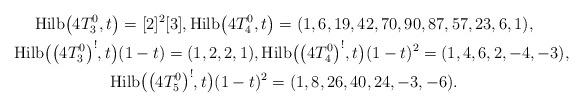
LaTeX: \begin{gather*}{\rm Hilb}\big(4T_{3}^{0},t\big)=[2]^{2}[3], {\rm Hilb}\big(4T_{4}^{0},t\big)=(1,6,19,42,70,90,87,57,23,6,1),\\{\rm Hilb}\big(\big(4T_{3}^{0}\big)^{!},t\big)(1-t)=(1,2,2,1),{\rm Hilb}\big(\big(4T_{4}^{0}\big)^{!},t\big)(1-t)^2=(1,4,6,2,-4,-3),\\{\rm Hilb}\big(\big(4T_{5}^{0}\big)^{!},t\big)(1-t)^2=(1,8,26,40,24,-3,-6).\end{gather*}